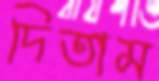
দিতাম